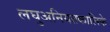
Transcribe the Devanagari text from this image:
लघुअनियतकालिके